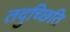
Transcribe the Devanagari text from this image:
तदुच्छिति